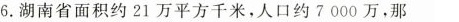
6.湖南省面积约21万平方千米，人口约7000万，那